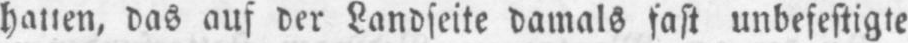
hatten, das auf der Landseite damals fast unbefestigte